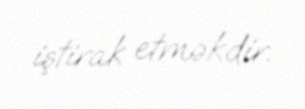
iştirak etməkdir.